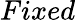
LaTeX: Fixed